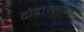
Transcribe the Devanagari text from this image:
दोवारकाबाई